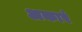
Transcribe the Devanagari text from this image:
अकारं